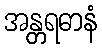
အန္တရဓာနံ